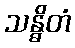
သန္ဓိတံ